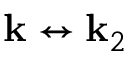
{ \bf k } \leftrightarrow { \bf k } _ { 2 }